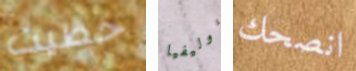
حظيت اوليفيا انصحك